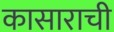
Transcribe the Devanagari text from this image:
कासाराची